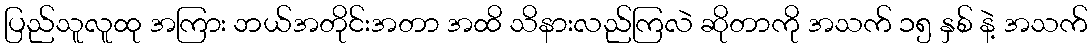
ပြည်သူလူထု အကြား ဘယ်အတိုင်းအတာ အထိ သိနားလည်ကြလဲ ဆိုတာကို အသက် ၁၅ နှစ် နဲ့ အသက်